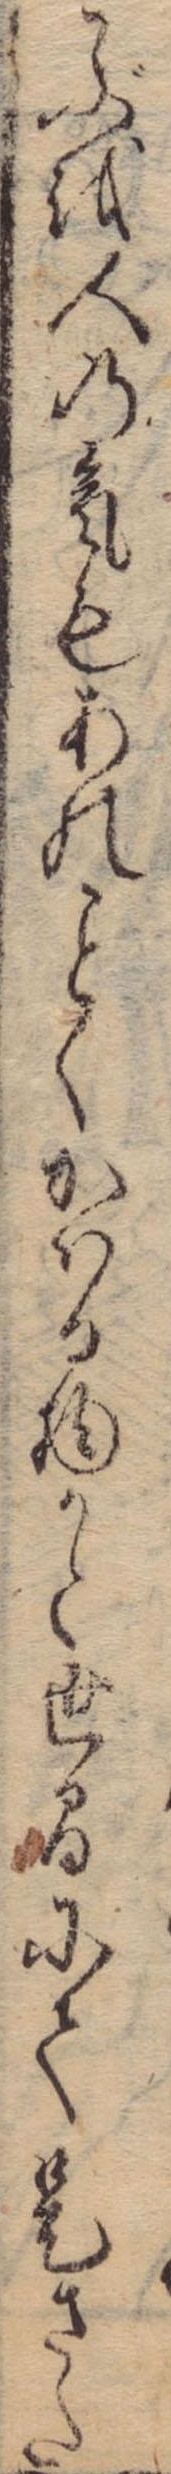
こぶを人の気もあのくかはる物かと世間にて是さた